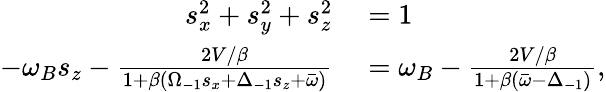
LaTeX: \begin{array}{rl}{s_{x}^{2}+s_{y}^{2}+s_{z}^{2}}&{{}=1}\\ {-\omega_{B}s_{z}-\frac{2V/\beta}{1+\beta(\Omega_{-1}s_{x}+\Delta_{-1}s_{z}+\bar{\omega})}}&{{}=\omega_{B}-\frac{2V/\beta}{1+\beta(\bar{\omega}-\Delta_{-1})},}\end{array}